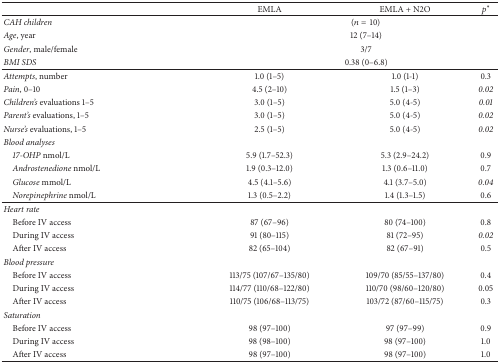
|  | EMLA | EMLA + N2O | p∗ |
 | --- | --- | --- | --- |
 | CAH children | <COLSPAN=3> (n = 10) |
 | Age, year | <COLSPAN=3> 12 (7–14) |
 | Gender, male/female | <COLSPAN=3> 3/7 |
 | BMI SDS | <COLSPAN=3> 0.38 (0–6.8) |
 | Attempts, number | 1.0 (1–5) | 1.0 (1-1) | 0.3 |
 | Pain, 0–10 | 4.5 (2–10) | 1.5 (1–3) | 0.02 |
 | Children's evaluations 1–5 | 3.0 (1–5) | 5.0 (4-5) | 0.01 |
 | Parent's evaluations, 1–5 | 3.0 (1–5) | 5.0 (4-5) | 0.02 |
 | Nurse's evaluations, 1–5 | 2.5 (1–5) | 5.0 (4-5) | 0.02 |
 | Blood analyses |  |  |  |
 | 17-OHP nmol/L | 5.9 (1.7–52.3) | 5.3 (2.9–24.2) | 0.9 |
 | Androstenedione nmol/L | 1.9 (0.3–12.0) | 1.3 (0.6–11.0) | 0.7 |
 | Glucose mmol/L | 4.5 (4.1–5.6) | 4.1 (3.7–5.0) | 0.04 |
 | Norepinephrine nmol/L | 1.3 (0.5–2.2) | 1.4 (1.3–1.5) | 0.6 |
 | Heart rate |  |  |  |
 | Before IV access | 87 (67–96) | 80 (74–100) | 0.8 |
 | During IV access | 91 (80–115) | 81 (72–95) | 0.02 |
 | After IV access | 82 (65–104) | 82 (67–91) | 0.5 |
 | Blood pressure |  |  |  |
 | Before IV access | 113/75 (107/67–135/80) | 109/70 (85/55–137/80) | 0.4 |
 | During IV access | 114/77 (110/68–122/80) | 110/70 (98/60–120/80) | 0.05 |
 | After IV access | 110/75 (106/68–113/75) | 103/72 (87/60–115/75) | 0.3 |
 | Saturation |  |  |  |
 | Before IV access | 98 (97–100) | 97 (97–99) | 0.9 |
 | During IV access | 98 (98–100) | 98 (97–100) | 1.0 |
 | After IV access | 98 (97–100) | 98 (97–100) | 1.0 |